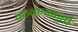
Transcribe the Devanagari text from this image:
वठवण्यापुर्ती